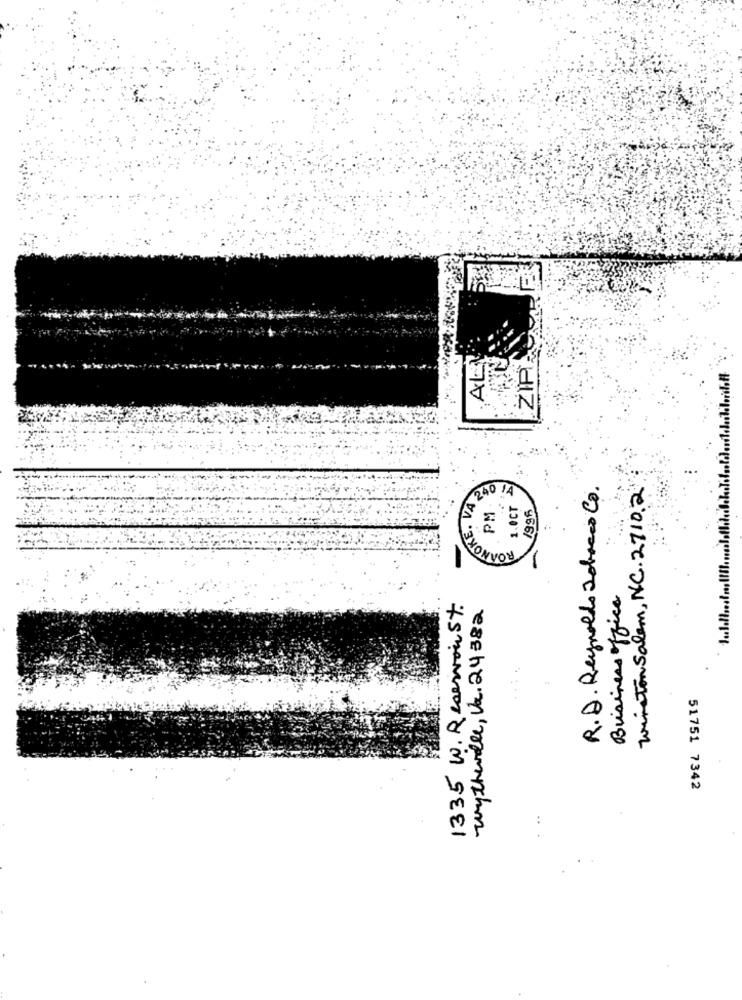
ALL
N
HOKE, VA E
PM 8
R.D. Reynolds Tobacco Co.
Winston Salem, NC. 2710.2
240 /4
1.0CT
1995
Business office
1335 W. Reservoir St.
wythwille, Va. 24382
51751 7342